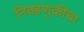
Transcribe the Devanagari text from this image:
निवडणुकींचा